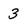
Character: 3